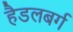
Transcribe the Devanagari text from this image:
हैडलबर्ग